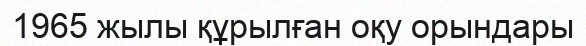
1965 жылы құрылған оқу орындары